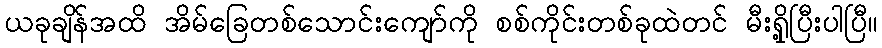
ယခုချိန်အထိ အိမ်ခြေတစ်သောင်းကျော်ကို စစ်ကိုင်းတစ်ခုထဲတင် မီးရှို့ပြီးပါပြီ။